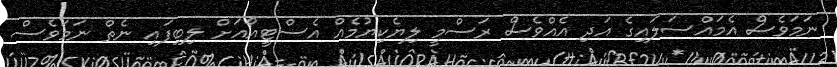
ނަމަވެސް އެމައްސަލައިގެ އަދި އެއްވެސް ރަސްމީ ލިޔެކިޔުމެއް އެސްޓީއޯއަށް ލިބިފައި ނެތް ނަމަވެސް